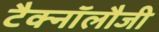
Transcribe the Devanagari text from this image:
टैक्नॉलौजी